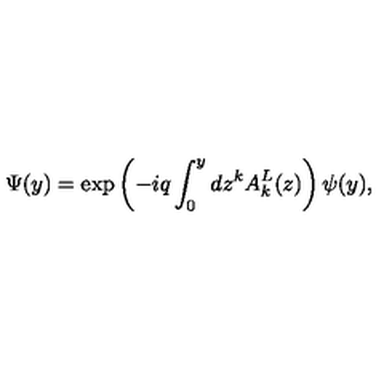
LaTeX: \Psi ( y ) = \exp \left( { - i q \int _ { 0 } ^ { y } { d z ^ { k } A _ { k } ^ { L } ( z ) } } \right) \psi ( y ) ,